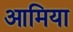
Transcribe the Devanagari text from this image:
आमिया